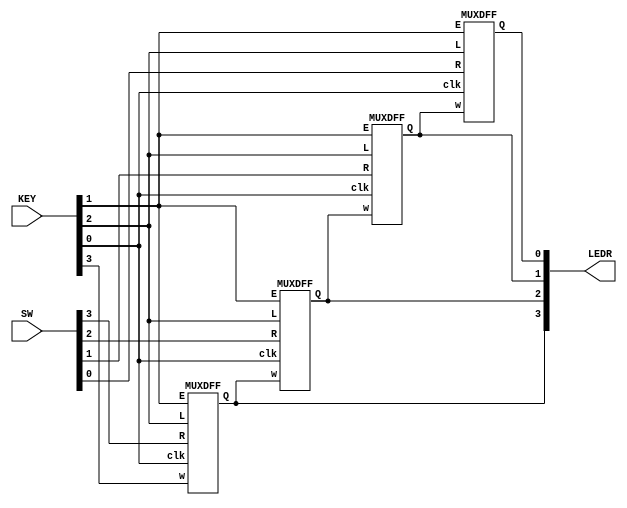
// Write a top-level Verilog module (named top_module) for the shift register, assuming that n = 4. 
//Instantiate four copies of your MUXDFF subcircuit in your top-level module. 
//Assume that you are going to implement the circuit on the DE2 board.
// Connect the R inputs to the SW switches,
// clk to KEY[0],
// E to KEY[1],
// L to KEY[2], and
// w to KEY[3].
// Connect the outputs to the red lights LEDR[3:0].

module top_module (
    input [3:0] SW,
    input [3:0] KEY,
    output [3:0] LEDR
); //
    MUXDFF dff1(KEY[0], KEY[3], SW[3], KEY[1], KEY[2], LEDR[3]);
    MUXDFF dff2(KEY[0], LEDR[3], SW[2], KEY[1], KEY[2], LEDR[2]);
    MUXDFF dff3(KEY[0], LEDR[2], SW[1], KEY[1], KEY[2], LEDR[1]);
    MUXDFF dff4(KEY[0], LEDR[1], SW[0], KEY[1], KEY[2], LEDR[0]);

endmodule


module MUXDFF (
    input clk,
    input w, R, E, L,
    output reg Q
);

    always @(posedge clk ) begin
        casez ({E, L})
            2'b00: begin
                Q <= Q;
            end 
            2'bz1: begin
                Q <= R;
            end
            2'b10: begin
                Q <= w;
            end
            default: Q <= 1'b0;
        endcase
    end

endmodule